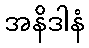
အနိဒါနံ